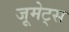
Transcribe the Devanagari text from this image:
जूमेट्स